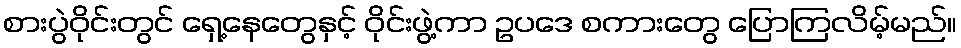
စားပွဲဝိုင်းတွင် ရှေ့နေတွေနှင့် ဝိုင်းဖွဲ့ကာ ဥပဒေ စကားတွေ ပြောကြလိမ့်မည်။